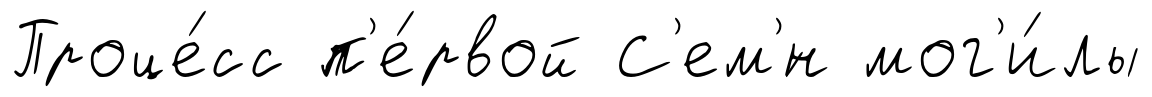
Проце́сс п'е́рвой С'ем'́н мог'и́лы